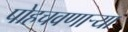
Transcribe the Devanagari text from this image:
पोहचवणाऱ्या